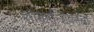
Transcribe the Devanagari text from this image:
शोकान्तिकांचा